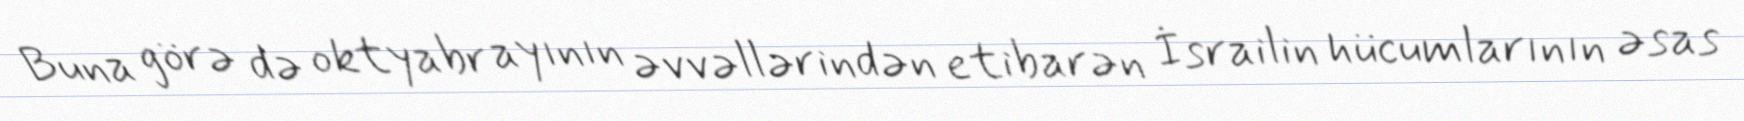
Buna görə də oktyabr ayının əvvəllərindən etibarən İsrailin hücumlarının əsas